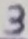
Text: 3